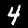
Digit: 4